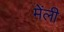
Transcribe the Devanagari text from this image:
मेंली